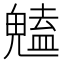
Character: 𮫥